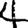
Digit: 4